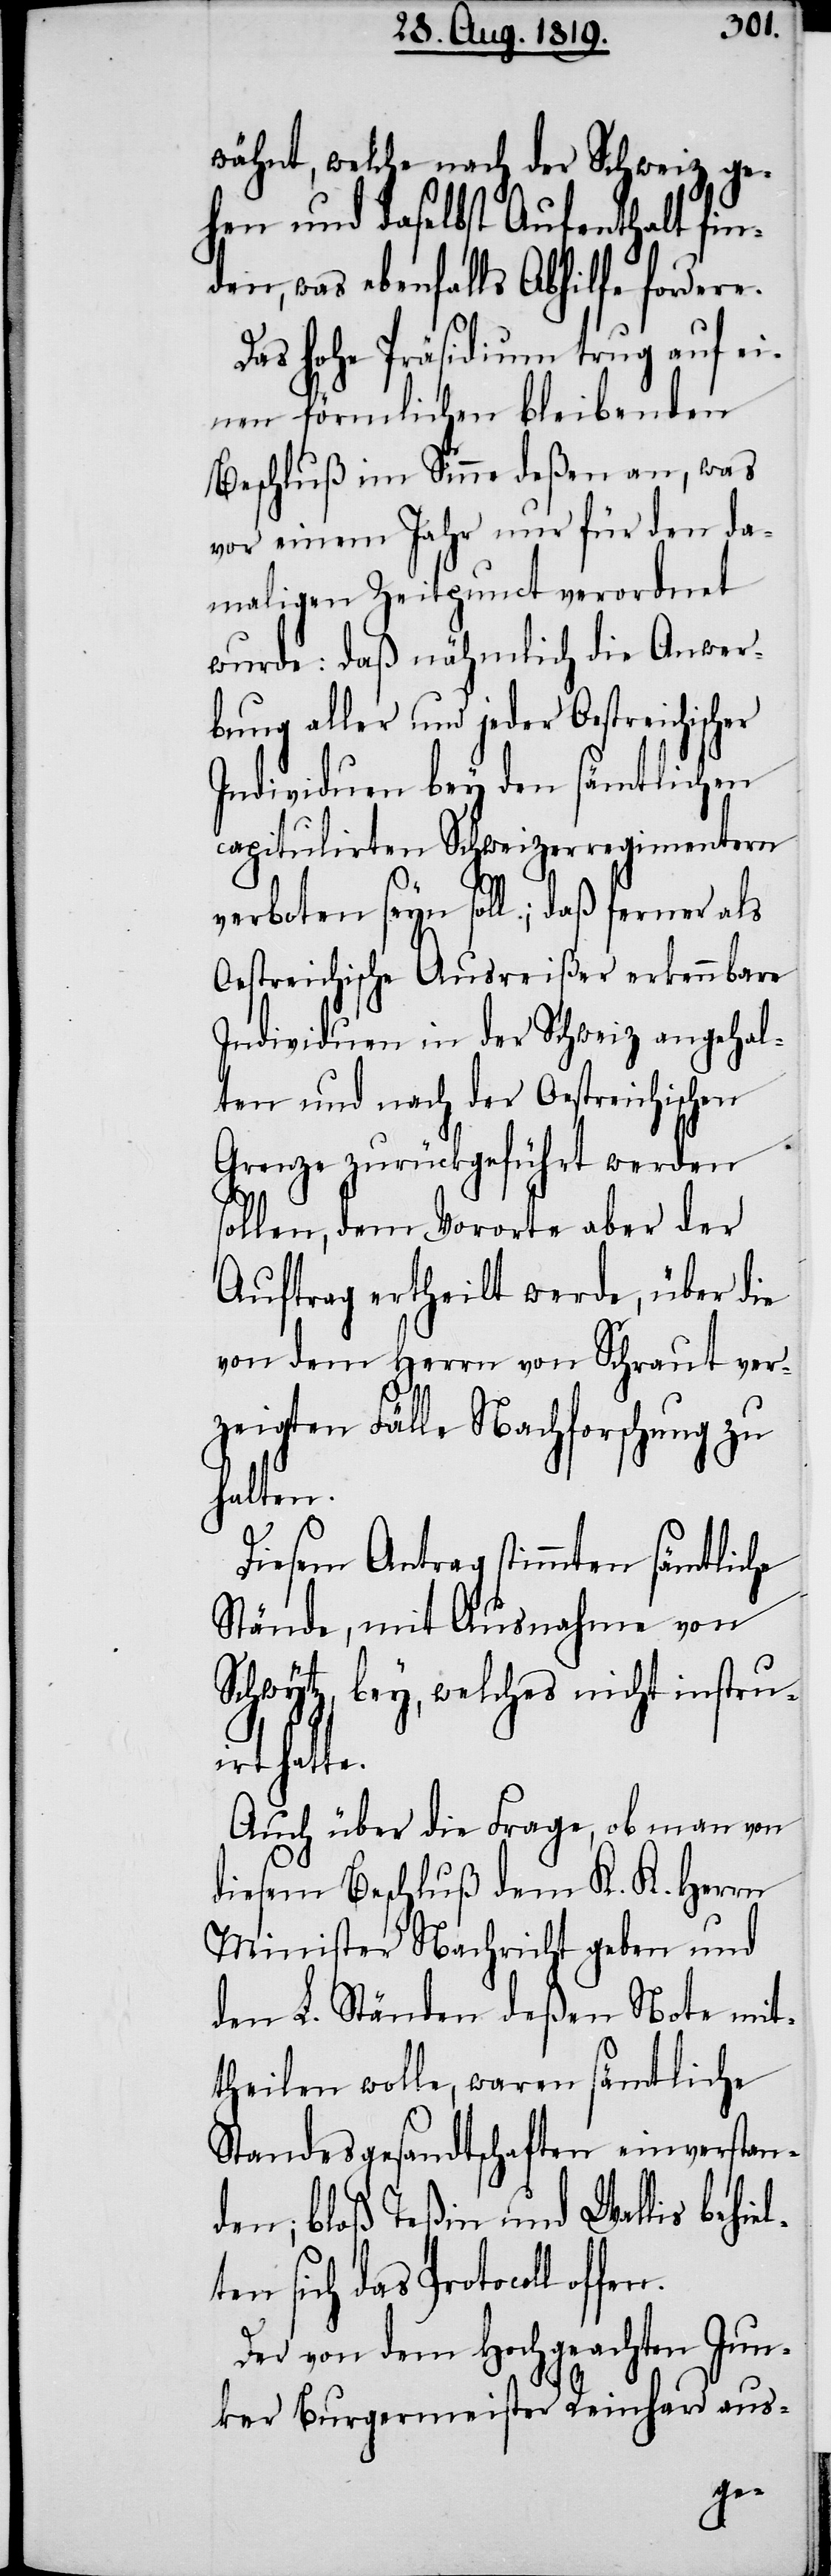
l¬
wähnt, welche nach der Schweiz ge¬
hen und daselbst Aufenthalt fin¬
den, was ebenfalls Abhilfe fordere.
Das hohe Präsidium trug auf ei¬
nen förmlichen bleibenden
Beschluß im Sinne deßen an, was
vor einem Jahr nur für den da¬
maligen Zeitpunct verordnet
wurde: daß nähmlich die Anwer¬
bung aller und jeder Oestreichischer
Individuen bey den sämtlichen
capitulirten Schweizerregimentern
verboten seyn soll; daß ferner als
Oestreichische Ausreißer erkennbare
Individuen in der Schweiz angehal¬
ten und nach der Oestreichischen
Grenze zurückgeführt werden
sollen, dem Vororte aber der
Auftrag ertheilt werde, über die
von dem Herrn von Schraut ver¬
zeigten Fälle Nachforschung zu
halten.
Diesem Antrag stimmten sämtliche
Stände, mit Aunahme von
Schwytz, bey, welches nicht instru¬
irt hatte.
Auch über die Frage, ob man von
diesem Beschluß dem K. K: Herrn
Minister Nachricht geben und
den L. Ständen deßen Note mit¬
theilen wolle, waren sämtliche
Standesgesandschaften einverstan¬
den; bloß Teßin und Wallis behie¬
ten sich das Protocoll
Der von dem Hochgeachten Jun¬
ker Burgermeister Reinhard aus-